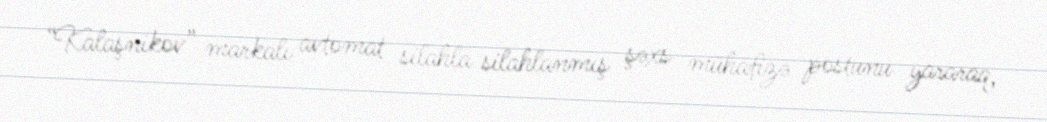
“Kalaşnikov” markalı avtomat silahla silahlanmış şəxs mühafizə postunu yararaq,